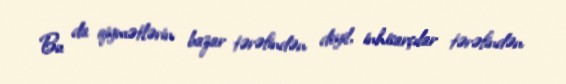
Bu da qiymətlərin bazar tərəfindən deyil, inhisarçılar tərəfindən